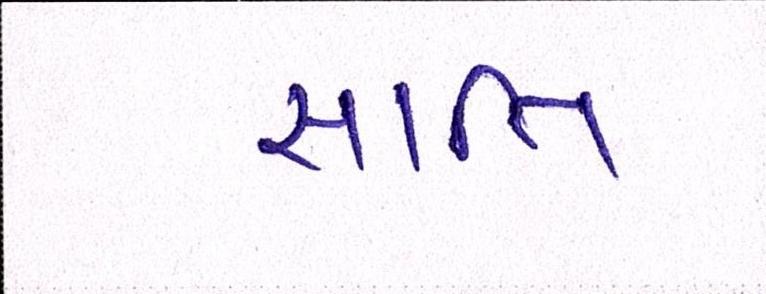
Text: જ્ઞાાતિ